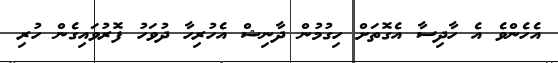
އެހެންވެ އެ ހާދިސާ އެގޮތަށް ހިގުމުން ދާނިޝް އެހުރިހާ ދުވަހު ފޮރުވައިގެން ހުރި